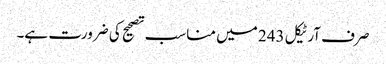
صرف آرٹیکل 243 میں مناسب تصحیح کی ضرورت ہے۔